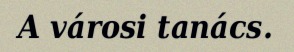
A városi tanács.